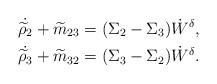
LaTeX: \begin{align*}&\dot {\widetilde \rho_2}+\widetilde m_{23}=(\Sigma_2-\Sigma_3)\dot W^{\delta},\\&\dot {\widetilde \rho_3}+\widetilde m_{32}=(\Sigma_3-\Sigma_2)\dot W^{\delta}.\end{align*}